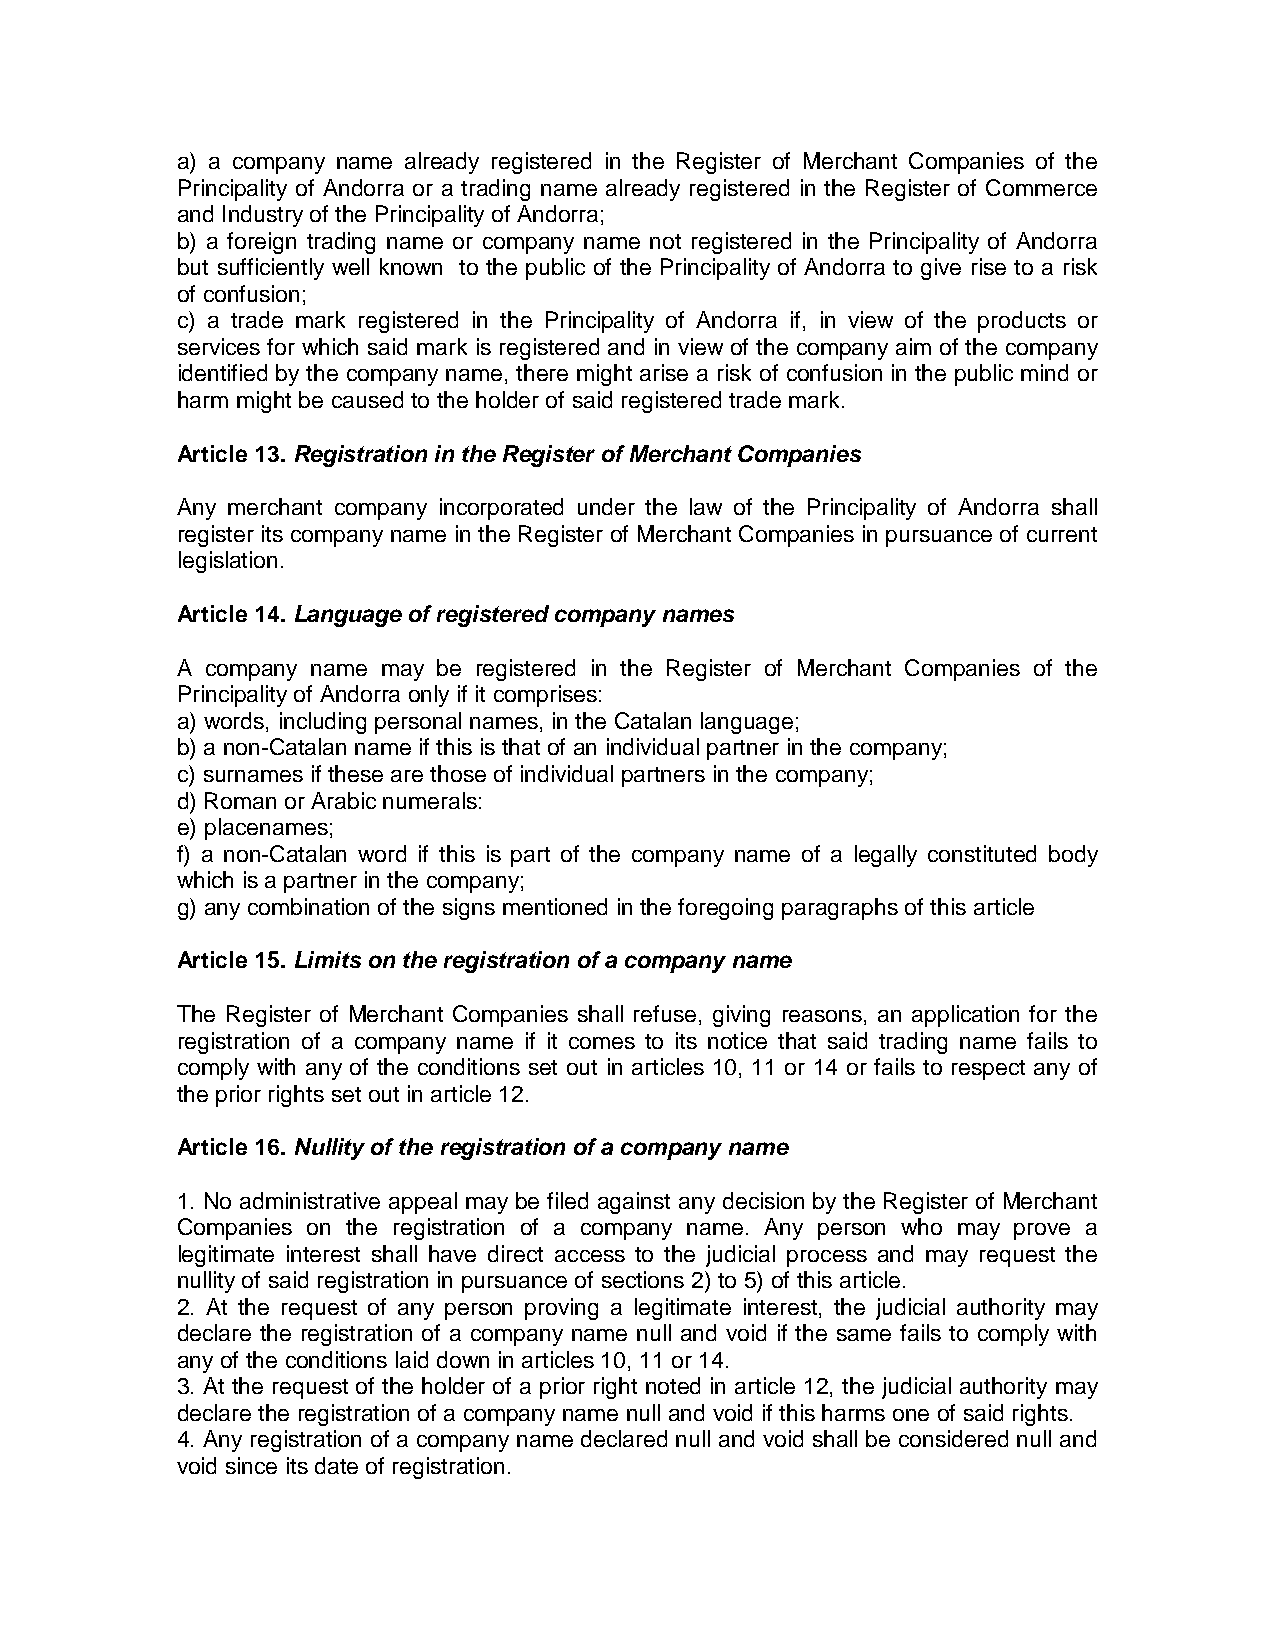
a) a company name already registered in the Register of Merchant Companies of the
 Principality of Andorra or a trading name already registered in the Register of Commerce
 and Industry of the Principality of Andorra;
 b) a foreign trading name or company name not registered in the Principality of Andorra
 but sufficiently well known to the public of the Principality of Andorra to give rise to a risk
 of confusion;
 c) a trade mark registered in the Principality of Andorra if, in view of the products or
 services for which said mark is registered and in view of the company aim of the company
 identified by the company name, there might arise a risk of confusion in the public mind or
 harm might be caused to the holder of said registered trade mark.
 Article 13. Registration in the Register of Merchant Companies
 Any merchant company incorporated under the law of the Principality of Andorra shall
 register its company name in the Register of Merchant Companies in pursuance of current
 legislation.
 Article 14. Language of registered company names
 A company name may be registered in the Register of Merchant Companies of the
 Principality of Andorra only if it comprises:
 a) words, including personal names, in the Catalan language;
 b) a non-Catalan name if this is that of an individual partner in the company;
 c) surnames if these are those of individual partners in the company;
 d) Roman or Arabic numerals:
 e) placenames;
 f) a non-Catalan word if this is part of the company name of a legally constituted body
 which is a partner in the company;
 g) any combination of the signs mentioned in the foregoing paragraphs of this article
 Article 15. Limits on the registration of a company name
 The Register of Merchant Companies shall refuse, giving reasons, an application for the
 registration of a company name if it comes to its notice that said trading name fails to
 comply with any of the conditions set out in articles 10, 11 or 14 or fails to respect any of
 the prior rights set out in article 12.
 Article 16. Nullity of the registration of a company name
 1. No administrative appeal may be filed against any decision by the Register of Merchant
 Companies on the registration of a company name. Any person who may prove a
 legitimate interest shall have direct access to the judicial process and may request the
 nullity of said registration in pursuance of sections 2) to 5) of this article.
 2. At the request of any person proving a legitimate interest, the judicial authority may
 declare the registration of a company name null and void if the same fails to comply with
 any of the conditions laid down in articles 10, 11 or 14.
 3. At the request of the holder of a prior right noted in article 12, the judicial authority may
 declare the registration of a company name null and void if this harms one of said rights.
 4. Any registration of a company name declared null and void shall be considered null and
 void since its date of registration.